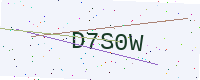
Text: D7S0W